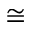
\cong